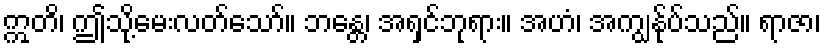
ဣတိ၊ ဤသို့မေးလတ်သော်။ ဘန္တေ၊ အရှင်ဘုရား။ အဟံ၊ အကျွန်ုပ်သည်။ ရာဇာ၊